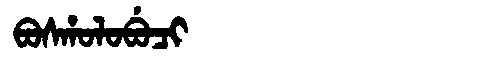
Manchu: ᠪᠣᠰᡥᠣᠯᠣᠪᡠᠴᡳ
Romanization: BOSHOLOBUCI